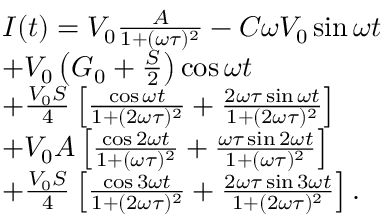
\centering \begin{array} { r l } & { I ( t ) = V _ { 0 } \frac { A } { 1 + ( \omega \tau ) ^ { 2 } } - C \omega V _ { 0 } \sin { \omega t } } \\ & { + V _ { 0 } \left( G _ { 0 } + \frac { S } { 2 } \right) \cos { \omega t } } \\ & { + \frac { V _ { 0 } S } { 4 } \left[ \frac { \cos { \omega t } } { 1 + ( 2 \omega \tau ) ^ { 2 } } + \frac { 2 \omega \tau \sin { \omega t } } { 1 + ( 2 \omega \tau ) ^ { 2 } } \right] } \\ & { + V _ { 0 } A \left[ \frac { \cos { 2 \omega t } } { 1 + ( \omega \tau ) ^ { 2 } } + \frac { \omega \tau \sin { 2 \omega t } } { 1 + ( \omega \tau ) ^ { 2 } } \right] } \\ & { + \frac { V _ { 0 } S } { 4 } \left[ \frac { \cos { 3 \omega t } } { 1 + ( 2 \omega \tau ) ^ { 2 } } + \frac { 2 \omega \tau \sin { 3 \omega t } } { 1 + ( 2 \omega \tau ) ^ { 2 } } \right] . } \end{array}